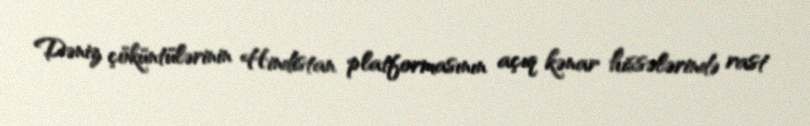
Dəniz çöküntülərinin Hindistan platformasının açıq kənar hissələrində rast